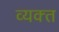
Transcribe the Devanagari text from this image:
व्‍यक्‍त